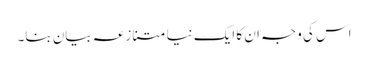
اس کی وجہ ان کا ایک نیا متنازعہ بیان بنا۔